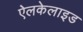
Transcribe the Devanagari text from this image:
ऐलकेलाइड